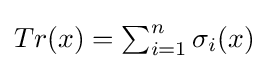
{\textstyle Tr(x)=\sum _{i=1}^{n}\sigma _{i}(x)}